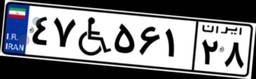
۴۷W۵۶۱۲۸